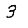
Digit: 3